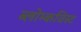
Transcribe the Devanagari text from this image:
ब्लोम्कविस्ट